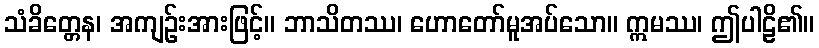
သံခိတ္တေန၊ အကျဉ်းအားဖြင့်။ ဘာသိတဿ၊ ဟောတော်မူအပ်သော။ ဣမဿ၊ ဤပါဠိ၏။